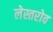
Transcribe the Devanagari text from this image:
लेस्तरोव